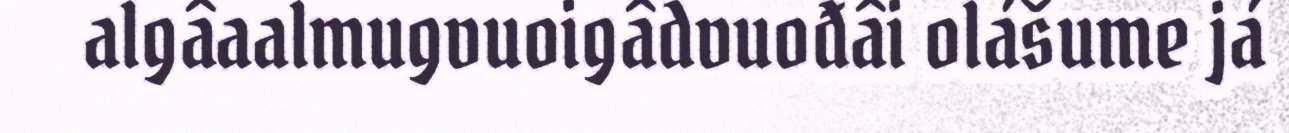
algâaalmugvuoigâdvuođâi olášume já